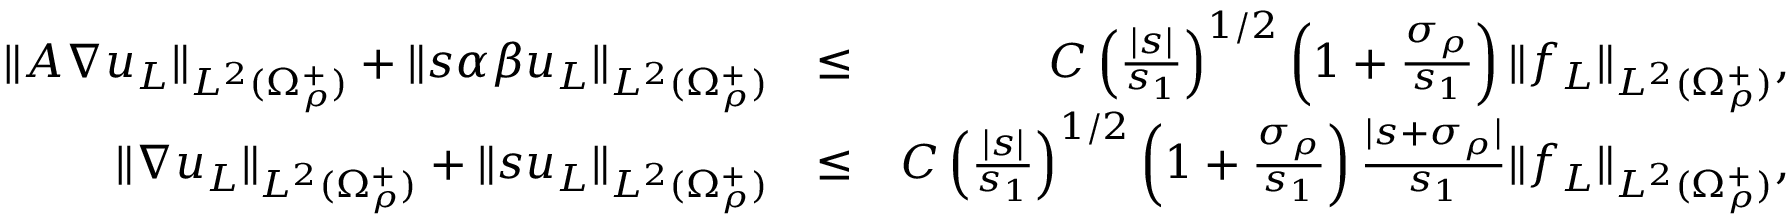
\begin{array} { r l r } { \| A \nabla u _ { L } \| _ { L ^ { 2 } ( \Omega _ { \rho } ^ { + } ) } + \| s \alpha \beta u _ { L } \| _ { L ^ { 2 } ( \Omega _ { \rho } ^ { + } ) } } & { \leq } & { C \left( \frac { | s | } { s _ { 1 } } \right) ^ { 1 / 2 } \left( 1 + \frac { \sigma _ { \rho } } { s _ { 1 } } \right) \| f _ { L } \| _ { L ^ { 2 } ( \Omega _ { \rho } ^ { + } ) } , } \\ { \| \nabla u _ { L } \| _ { L ^ { 2 } ( \Omega _ { \rho } ^ { + } ) } + \| s u _ { L } \| _ { L ^ { 2 } ( \Omega _ { \rho } ^ { + } ) } } & { \leq } & { C \left( \frac { | s | } { s _ { 1 } } \right) ^ { 1 / 2 } \left( 1 + \frac { \sigma _ { \rho } } { s _ { 1 } } \right) \frac { | s + \sigma _ { \rho } | } { s _ { 1 } } \| f _ { L } \| _ { L ^ { 2 } ( \Omega _ { \rho } ^ { + } ) } , } \end{array}